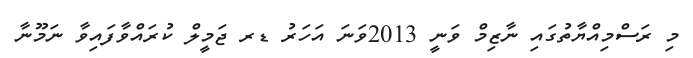
މި ރަސްމިއްޔާތުގައި ނާޒިމް ވަނީ 2013ވަނަ އަހަރު ޑރ ޖަމީލް ކުރައްވާފައިވާ ނަމޫނާ